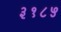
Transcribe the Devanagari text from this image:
३१८५